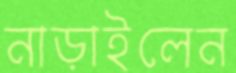
নাড়াইলেন